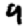
Digit: 9